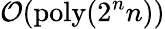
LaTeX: \mathcal{O}(\mathrm{poly}(2^{n}n))